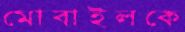
মোবাইলকে